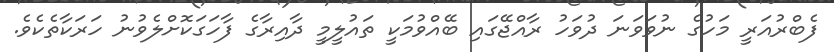
ފެބްރުއަރީ މަހުގެ ނުވަވަނަ ދުވަހު ރާއްޖޭގައި ބޭއްވުމަކީ ތައުލީމީ ދާއިރާގެ ފާހަަގަކޮށްލެވުނު ހަރަކާތެކެވެ.